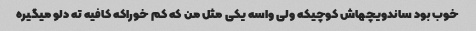
خوب بود ساندویچهاش کوچیکه ولی واسه یکی مثل من که کم خوراکه کافیه ته دلو میگیره